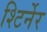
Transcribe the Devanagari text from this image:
श्टिर्नेर